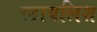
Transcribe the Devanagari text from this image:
स्टायलिश